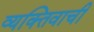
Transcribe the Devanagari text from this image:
व्यक्‍तिवाची